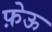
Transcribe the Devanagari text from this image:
फ़ेऊ